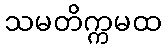
သမတိက္ကမထ